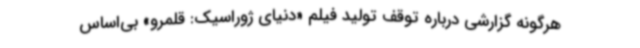
هرگونه گزارشی درباره توقف تولید فیلم «دنیای ژوراسیک: قلمرو» بی‌اساس